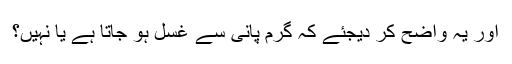
اور یہ واضح کر دیجئے کہ گرم پانی سے غسل ہو جاتا ہے یا نہیں؟